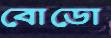
বোডো